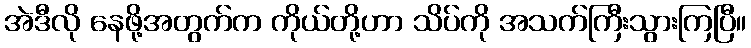
အဲဒီလို နေဖို့အတွက်က ကိုယ်တို့ဟာ သိပ်ကို အသက်ကြီးသွားကြပြီ။